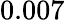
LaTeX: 0.007